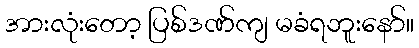
အားလုံးတော့ ပြစ်ဒဏ်ကျ မခံရဘူးနော်။